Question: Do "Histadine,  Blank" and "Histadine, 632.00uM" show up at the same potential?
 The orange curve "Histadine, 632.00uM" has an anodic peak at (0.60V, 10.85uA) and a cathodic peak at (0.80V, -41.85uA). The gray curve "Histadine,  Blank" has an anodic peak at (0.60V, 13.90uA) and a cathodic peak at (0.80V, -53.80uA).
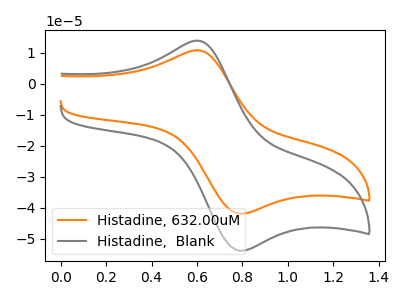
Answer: <think>All the peaks in "Histadine,  Blank" have a peak in "Histadine, 632.00uM" at the same potential. Every peak in "Histadine,  Blank" is higher than every peak in "Histadine, 632.00uM".
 </think>
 <answer>"Histadine,  Blank" and "Histadine, 632.00uM" are similar in shape.</answer>
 <eval>same_shape</eval>